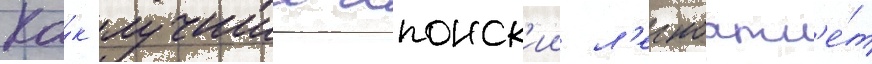
Ка́к лучшии японск'ии л'егкоатл'е́т